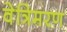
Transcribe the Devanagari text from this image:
वेत्रिमरण